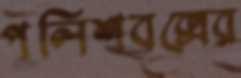
পুলিশবক্সের